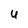
Character: U